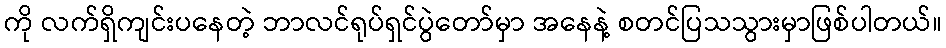
ကို လက်ရှိကျင်းပနေတဲ့ ဘာလင်ရုပ်ရှင်ပွဲတော်မှာ အနေနဲ့ စတင်ပြသသွားမှာဖြစ်ပါတယ်။